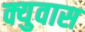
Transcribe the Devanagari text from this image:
क्युवास